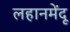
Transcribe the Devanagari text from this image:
लहानमेंदू